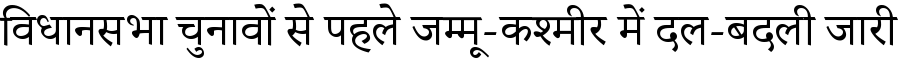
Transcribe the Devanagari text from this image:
विधानसभा चुनावों से पहले जम्मू-कश्मीर में दल-बदली जारी